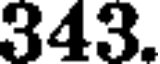
343.